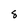
Character: 8